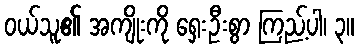
ဝယ်သူ၏ အကျိုးကို ရှေးဦးစွာ ကြည့်ပါ၊ ၃။